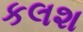
કલશ